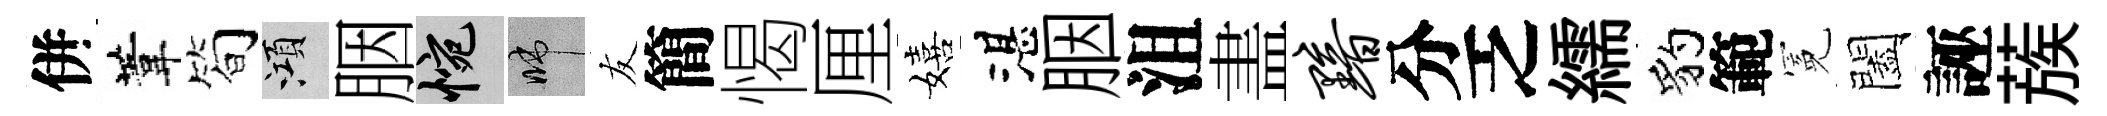
併葦筍澒胭惋啼友簡愒厘嬉湛胭沮𥁞黯分乏繻豹範冕闔誣蔟